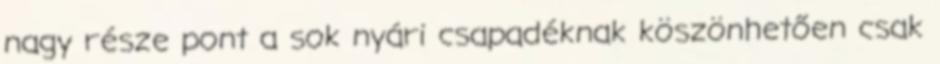
nagy része pont a sok nyári csapadéknak köszönhetően csak